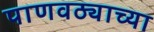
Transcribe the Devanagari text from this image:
पाणवठ्याच्‍या